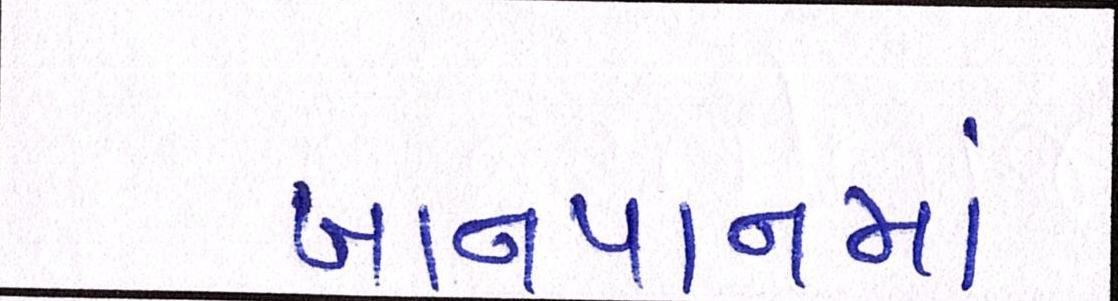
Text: ખાનપાનમાં